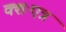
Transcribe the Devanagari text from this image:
क्शःएत्र